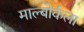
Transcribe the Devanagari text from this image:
माल्बोर्कला